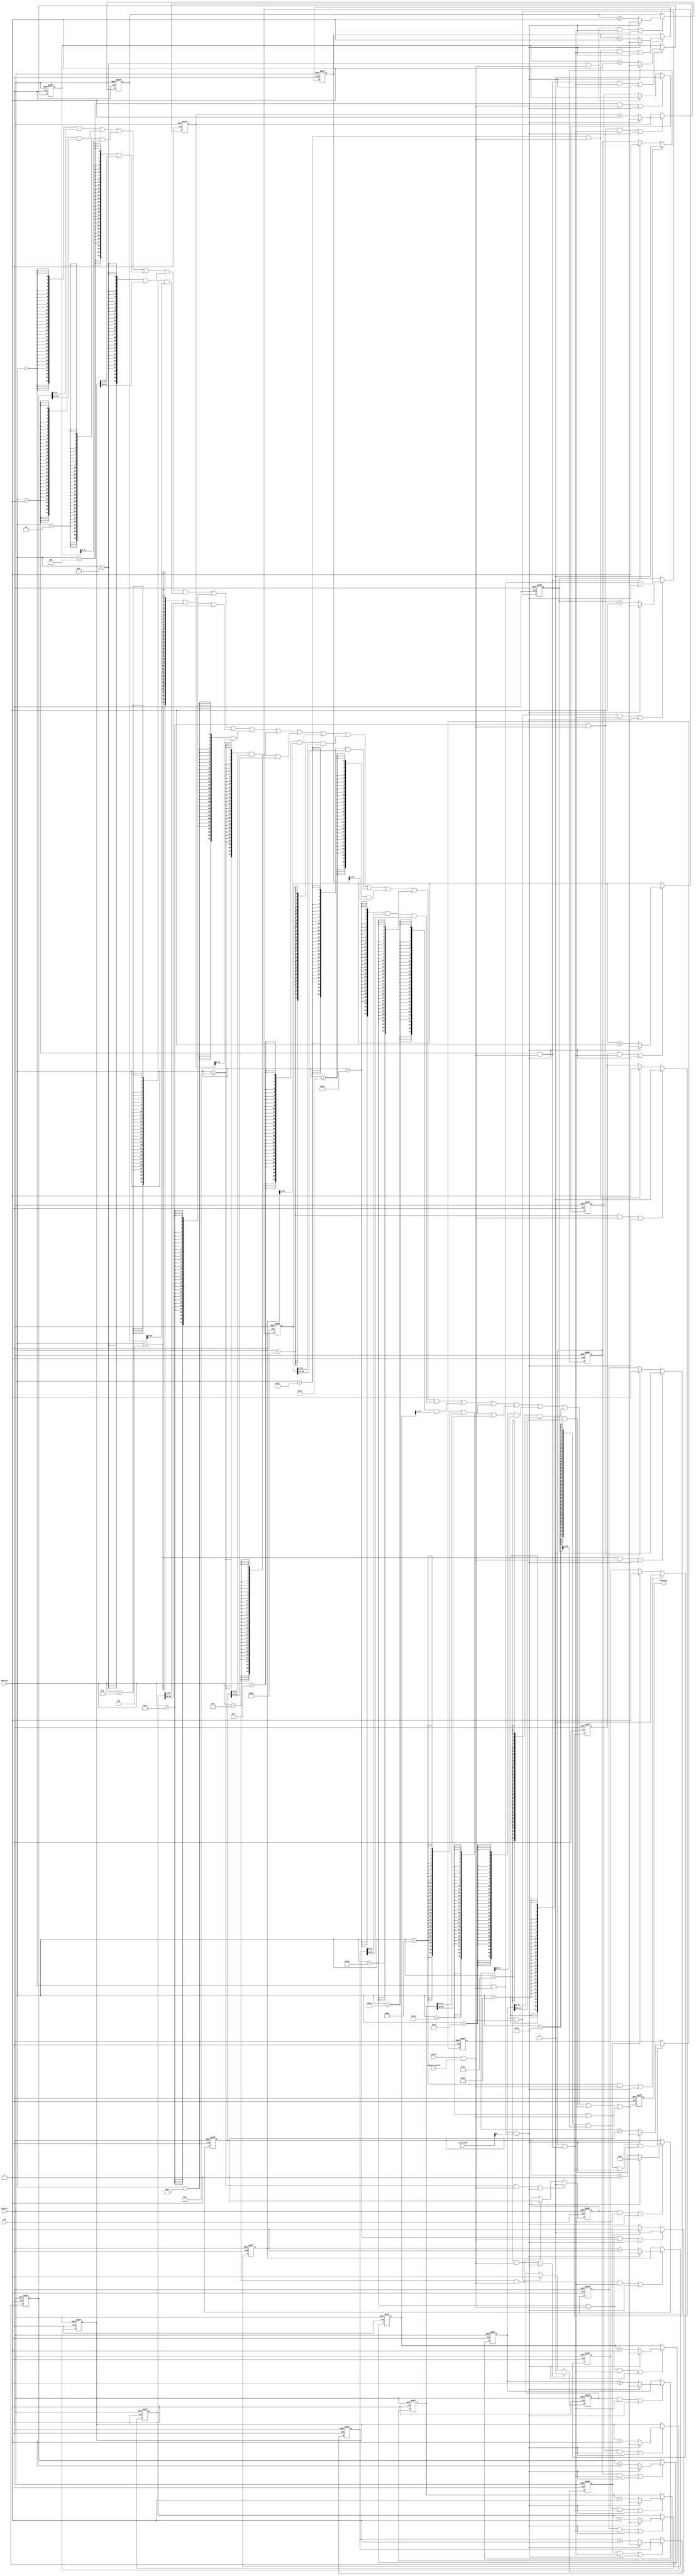
//Legal Notice: (C)2022 Altera Corporation. All rights reserved.  Your
//use of Altera Corporation's design tools, logic functions and other
//software and tools, and its AMPP partner logic functions, and any
//output files any of the foregoing (including device programming or
//simulation files), and any associated documentation or information are
//expressly subject to the terms and conditions of the Altera Program
//License Subscription Agreement or other applicable license agreement,
//including, without limitation, that your use is for the sole purpose
//of programming logic devices manufactured by Altera and sold by Altera
//or its authorized distributors.  Please refer to the applicable
//agreement for further details.

// synthesis translate_off
`timescale 1ns / 1ps
// synthesis translate_on

// turn off superfluous verilog processor warnings 
// altera message_level Level1 
// altera message_off 10034 10035 10036 10037 10230 10240 10030 

module nios_system_tec1_performance_counter_0 (
                                                // inputs:
                                                 address,
                                                 begintransfer,
                                                 clk,
                                                 reset_n,
                                                 write,
                                                 writedata,

                                                // outputs:
                                                 readdata
                                              )
;

  output  [ 31: 0] readdata;
  input   [  4: 0] address;
  input            begintransfer;
  input            clk;
  input            reset_n;
  input            write;
  input   [ 31: 0] writedata;


wire             clk_en;
reg     [ 63: 0] event_counter_0;
reg     [ 63: 0] event_counter_1;
reg     [ 63: 0] event_counter_2;
reg     [ 63: 0] event_counter_3;
reg     [ 63: 0] event_counter_4;
reg     [ 63: 0] event_counter_5;
reg     [ 63: 0] event_counter_6;
reg     [ 63: 0] event_counter_7;
wire             global_enable;
wire             global_reset;
wire             go_strobe_0;
wire             go_strobe_1;
wire             go_strobe_2;
wire             go_strobe_3;
wire             go_strobe_4;
wire             go_strobe_5;
wire             go_strobe_6;
wire             go_strobe_7;
wire    [ 31: 0] read_mux_out;
reg     [ 31: 0] readdata;
wire             stop_strobe_0;
wire             stop_strobe_1;
wire             stop_strobe_2;
wire             stop_strobe_3;
wire             stop_strobe_4;
wire             stop_strobe_5;
wire             stop_strobe_6;
wire             stop_strobe_7;
reg     [ 63: 0] time_counter_0;
reg     [ 63: 0] time_counter_1;
reg     [ 63: 0] time_counter_2;
reg     [ 63: 0] time_counter_3;
reg     [ 63: 0] time_counter_4;
reg     [ 63: 0] time_counter_5;
reg     [ 63: 0] time_counter_6;
reg     [ 63: 0] time_counter_7;
reg              time_counter_enable_0;
reg              time_counter_enable_1;
reg              time_counter_enable_2;
reg              time_counter_enable_3;
reg              time_counter_enable_4;
reg              time_counter_enable_5;
reg              time_counter_enable_6;
reg              time_counter_enable_7;
wire             write_strobe;
  //control_slave, which is an e_avalon_slave
  assign clk_en = -1;
  assign write_strobe = write & begintransfer;
  always @(posedge clk or negedge reset_n)
    begin
      if (reset_n == 0)
          time_counter_0 <= 0;
      else if ((time_counter_enable_0 & global_enable) | global_reset)
          if (global_reset)
              time_counter_0 <= 0;
          else 
            time_counter_0 <= time_counter_0 + 1;
    end


  always @(posedge clk or negedge reset_n)
    begin
      if (reset_n == 0)
          event_counter_0 <= 0;
      else if ((go_strobe_0 & global_enable) | global_reset)
          if (global_reset)
              event_counter_0 <= 0;
          else 
            event_counter_0 <= event_counter_0 + 1;
    end


  assign stop_strobe_0 = (address == 0) && write_strobe;
  assign go_strobe_0 = (address == 1) && write_strobe;
  always @(posedge clk or negedge reset_n)
    begin
      if (reset_n == 0)
          time_counter_enable_0 <= 0;
      else if (clk_en)
          if (stop_strobe_0 | global_reset)
              time_counter_enable_0 <= 0;
          else if (go_strobe_0)
              time_counter_enable_0 <= -1;
    end


  assign global_enable = time_counter_enable_0 | go_strobe_0;
  assign global_reset = stop_strobe_0 && writedata[0];
  always @(posedge clk or negedge reset_n)
    begin
      if (reset_n == 0)
          time_counter_1 <= 0;
      else if ((time_counter_enable_1 & global_enable) | global_reset)
          if (global_reset)
              time_counter_1 <= 0;
          else 
            time_counter_1 <= time_counter_1 + 1;
    end


  always @(posedge clk or negedge reset_n)
    begin
      if (reset_n == 0)
          event_counter_1 <= 0;
      else if ((go_strobe_1 & global_enable) | global_reset)
          if (global_reset)
              event_counter_1 <= 0;
          else 
            event_counter_1 <= event_counter_1 + 1;
    end


  assign stop_strobe_1 = (address == 4) && write_strobe;
  assign go_strobe_1 = (address == 5) && write_strobe;
  always @(posedge clk or negedge reset_n)
    begin
      if (reset_n == 0)
          time_counter_enable_1 <= 0;
      else if (clk_en)
          if (stop_strobe_1 | global_reset)
              time_counter_enable_1 <= 0;
          else if (go_strobe_1)
              time_counter_enable_1 <= -1;
    end


  always @(posedge clk or negedge reset_n)
    begin
      if (reset_n == 0)
          time_counter_2 <= 0;
      else if ((time_counter_enable_2 & global_enable) | global_reset)
          if (global_reset)
              time_counter_2 <= 0;
          else 
            time_counter_2 <= time_counter_2 + 1;
    end


  always @(posedge clk or negedge reset_n)
    begin
      if (reset_n == 0)
          event_counter_2 <= 0;
      else if ((go_strobe_2 & global_enable) | global_reset)
          if (global_reset)
              event_counter_2 <= 0;
          else 
            event_counter_2 <= event_counter_2 + 1;
    end


  assign stop_strobe_2 = (address == 8) && write_strobe;
  assign go_strobe_2 = (address == 9) && write_strobe;
  always @(posedge clk or negedge reset_n)
    begin
      if (reset_n == 0)
          time_counter_enable_2 <= 0;
      else if (clk_en)
          if (stop_strobe_2 | global_reset)
              time_counter_enable_2 <= 0;
          else if (go_strobe_2)
              time_counter_enable_2 <= -1;
    end


  always @(posedge clk or negedge reset_n)
    begin
      if (reset_n == 0)
          time_counter_3 <= 0;
      else if ((time_counter_enable_3 & global_enable) | global_reset)
          if (global_reset)
              time_counter_3 <= 0;
          else 
            time_counter_3 <= time_counter_3 + 1;
    end


  always @(posedge clk or negedge reset_n)
    begin
      if (reset_n == 0)
          event_counter_3 <= 0;
      else if ((go_strobe_3 & global_enable) | global_reset)
          if (global_reset)
              event_counter_3 <= 0;
          else 
            event_counter_3 <= event_counter_3 + 1;
    end


  assign stop_strobe_3 = (address == 12) && write_strobe;
  assign go_strobe_3 = (address == 13) && write_strobe;
  always @(posedge clk or negedge reset_n)
    begin
      if (reset_n == 0)
          time_counter_enable_3 <= 0;
      else if (clk_en)
          if (stop_strobe_3 | global_reset)
              time_counter_enable_3 <= 0;
          else if (go_strobe_3)
              time_counter_enable_3 <= -1;
    end


  always @(posedge clk or negedge reset_n)
    begin
      if (reset_n == 0)
          time_counter_4 <= 0;
      else if ((time_counter_enable_4 & global_enable) | global_reset)
          if (global_reset)
              time_counter_4 <= 0;
          else 
            time_counter_4 <= time_counter_4 + 1;
    end


  always @(posedge clk or negedge reset_n)
    begin
      if (reset_n == 0)
          event_counter_4 <= 0;
      else if ((go_strobe_4 & global_enable) | global_reset)
          if (global_reset)
              event_counter_4 <= 0;
          else 
            event_counter_4 <= event_counter_4 + 1;
    end


  assign stop_strobe_4 = (address == 16) && write_strobe;
  assign go_strobe_4 = (address == 17) && write_strobe;
  always @(posedge clk or negedge reset_n)
    begin
      if (reset_n == 0)
          time_counter_enable_4 <= 0;
      else if (clk_en)
          if (stop_strobe_4 | global_reset)
              time_counter_enable_4 <= 0;
          else if (go_strobe_4)
              time_counter_enable_4 <= -1;
    end


  always @(posedge clk or negedge reset_n)
    begin
      if (reset_n == 0)
          time_counter_5 <= 0;
      else if ((time_counter_enable_5 & global_enable) | global_reset)
          if (global_reset)
              time_counter_5 <= 0;
          else 
            time_counter_5 <= time_counter_5 + 1;
    end


  always @(posedge clk or negedge reset_n)
    begin
      if (reset_n == 0)
          event_counter_5 <= 0;
      else if ((go_strobe_5 & global_enable) | global_reset)
          if (global_reset)
              event_counter_5 <= 0;
          else 
            event_counter_5 <= event_counter_5 + 1;
    end


  assign stop_strobe_5 = (address == 20) && write_strobe;
  assign go_strobe_5 = (address == 21) && write_strobe;
  always @(posedge clk or negedge reset_n)
    begin
      if (reset_n == 0)
          time_counter_enable_5 <= 0;
      else if (clk_en)
          if (stop_strobe_5 | global_reset)
              time_counter_enable_5 <= 0;
          else if (go_strobe_5)
              time_counter_enable_5 <= -1;
    end


  always @(posedge clk or negedge reset_n)
    begin
      if (reset_n == 0)
          time_counter_6 <= 0;
      else if ((time_counter_enable_6 & global_enable) | global_reset)
          if (global_reset)
              time_counter_6 <= 0;
          else 
            time_counter_6 <= time_counter_6 + 1;
    end


  always @(posedge clk or negedge reset_n)
    begin
      if (reset_n == 0)
          event_counter_6 <= 0;
      else if ((go_strobe_6 & global_enable) | global_reset)
          if (global_reset)
              event_counter_6 <= 0;
          else 
            event_counter_6 <= event_counter_6 + 1;
    end


  assign stop_strobe_6 = (address == 24) && write_strobe;
  assign go_strobe_6 = (address == 25) && write_strobe;
  always @(posedge clk or negedge reset_n)
    begin
      if (reset_n == 0)
          time_counter_enable_6 <= 0;
      else if (clk_en)
          if (stop_strobe_6 | global_reset)
              time_counter_enable_6 <= 0;
          else if (go_strobe_6)
              time_counter_enable_6 <= -1;
    end


  always @(posedge clk or negedge reset_n)
    begin
      if (reset_n == 0)
          time_counter_7 <= 0;
      else if ((time_counter_enable_7 & global_enable) | global_reset)
          if (global_reset)
              time_counter_7 <= 0;
          else 
            time_counter_7 <= time_counter_7 + 1;
    end


  always @(posedge clk or negedge reset_n)
    begin
      if (reset_n == 0)
          event_counter_7 <= 0;
      else if ((go_strobe_7 & global_enable) | global_reset)
          if (global_reset)
              event_counter_7 <= 0;
          else 
            event_counter_7 <= event_counter_7 + 1;
    end


  assign stop_strobe_7 = (address == 28) && write_strobe;
  assign go_strobe_7 = (address == 29) && write_strobe;
  always @(posedge clk or negedge reset_n)
    begin
      if (reset_n == 0)
          time_counter_enable_7 <= 0;
      else if (clk_en)
          if (stop_strobe_7 | global_reset)
              time_counter_enable_7 <= 0;
          else if (go_strobe_7)
              time_counter_enable_7 <= -1;
    end


  assign read_mux_out = ({32 {(address == 0)}} & time_counter_0[31 : 0]) |
    ({32 {(address == 1)}} & time_counter_0[63 : 32]) |
    ({32 {(address == 2)}} & event_counter_0) |
    ({32 {(address == 4)}} & time_counter_1[31 : 0]) |
    ({32 {(address == 5)}} & time_counter_1[63 : 32]) |
    ({32 {(address == 6)}} & event_counter_1) |
    ({32 {(address == 8)}} & time_counter_2[31 : 0]) |
    ({32 {(address == 9)}} & time_counter_2[63 : 32]) |
    ({32 {(address == 10)}} & event_counter_2) |
    ({32 {(address == 12)}} & time_counter_3[31 : 0]) |
    ({32 {(address == 13)}} & time_counter_3[63 : 32]) |
    ({32 {(address == 14)}} & event_counter_3) |
    ({32 {(address == 16)}} & time_counter_4[31 : 0]) |
    ({32 {(address == 17)}} & time_counter_4[63 : 32]) |
    ({32 {(address == 18)}} & event_counter_4) |
    ({32 {(address == 20)}} & time_counter_5[31 : 0]) |
    ({32 {(address == 21)}} & time_counter_5[63 : 32]) |
    ({32 {(address == 22)}} & event_counter_5) |
    ({32 {(address == 24)}} & time_counter_6[31 : 0]) |
    ({32 {(address == 25)}} & time_counter_6[63 : 32]) |
    ({32 {(address == 26)}} & event_counter_6) |
    ({32 {(address == 28)}} & time_counter_7[31 : 0]) |
    ({32 {(address == 29)}} & time_counter_7[63 : 32]) |
    ({32 {(address == 30)}} & event_counter_7);

  always @(posedge clk or negedge reset_n)
    begin
      if (reset_n == 0)
          readdata <= 0;
      else if (clk_en)
          readdata <= read_mux_out;
    end



endmodule